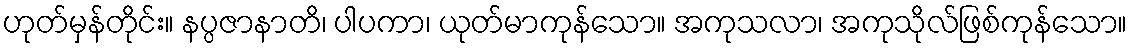
ဟုတ်မှန်တိုင်း။ နပ္ပဇာနာတိ၊ ပါပကာ၊ ယုတ်မာကုန်သော။ အကုသလာ၊ အကုသိုလ်ဖြစ်ကုန်သော။